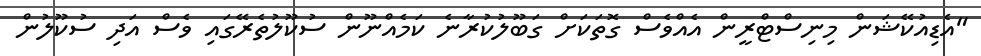
"އެޑިއުކޭޝަން މިނިސްޓްރީން އެއްވެސް ގޮތަކަށް ގަބޫލުކުރާނެ ކަމެއްނޫން ސުކޫލުތެރޭގައި ވެސް އަދި ސުކޫލުން